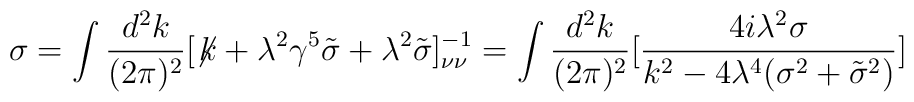
\sigma=\int{d^{2}k\over (2\pi )^{2}}[\not\! k+\lambda^{2}\gamma^{5}\tilde{\sigma}+\lambda^{2}\tilde{\sigma}]^{-1}_{\nu\nu}=\int{d^{2}k\over (2\pi )^{2}}[{4i\lambda^{2}\sigma\over k^{2}-4\lambda^{4}(\sigma^{2}+\tilde{\sigma}^{2})}]